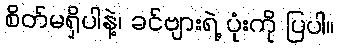
စိတ်မရှိပါနဲ့၊ ခင်ဗျားရဲ့ ပုံးကို ပြပါ။